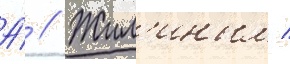
А́ // Жил'иным /